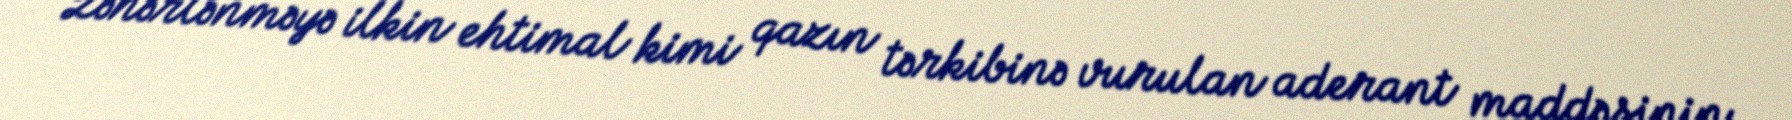
Zəhərlənməyə ilkin ehtimal kimi qazın tərkibinə vurulan aderant maddəsinin